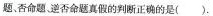
题、否命题、逆否命题真假的判断正确的是( )。